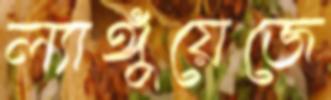
ল্যাঙ্গুয়েজে